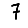
Digit: 7